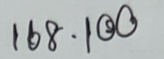
168 . 100